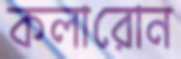
কলারোন